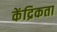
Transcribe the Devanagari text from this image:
केंद्रिकता